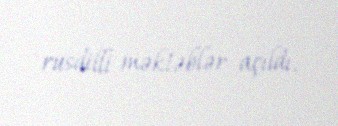
rusdilli məktəblər açıldı.